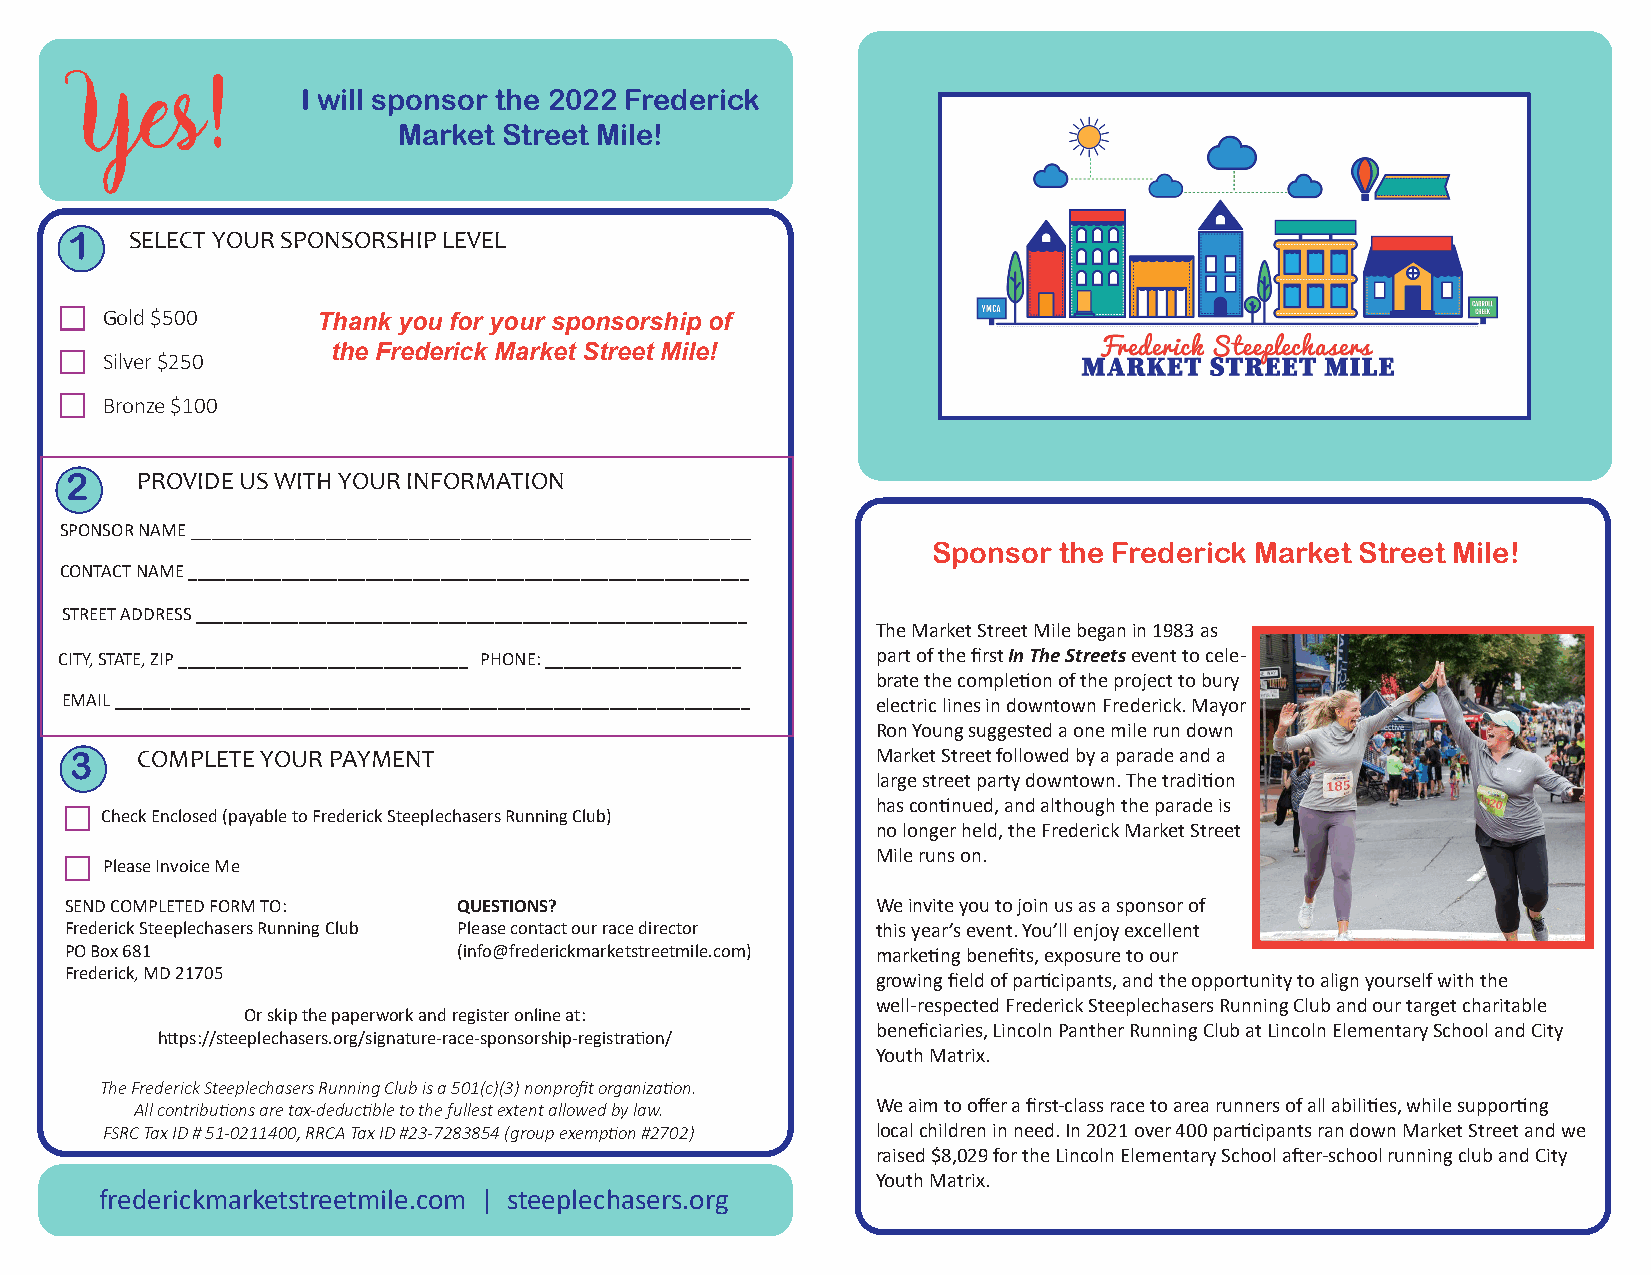
I will sponsor the 2022 Frederick
 Yes!
 Market Street Mile!
 1    SELECT YOUR SPONSORSHIP LEVEL
 Gold $500
 Thank you for your sponsorship of
 the Frederick Market Street Mile!
 Silver $250
 Bronze $100
 2    PROVIDE US WITH YOUR INFORMATION
 SPONSOR NAME ______________________________________________________
 Sponsor the Frederick Market Street Mile!
 CONTACT NAME ____________________________________________________________
 STREET ADDRESS ___________________________________________________________
 The Market Street Mile began in 1983 as
 CITY, STATE, ZIP _______________________________ PHONE: _____________________ part of the first In The Streets event to cele-
 brate the completion of the project to bury
 EMAIL ____________________________________________________________________ electric lines in downtown Frederick. Mayor
 Ron Young suggested a one mile run down
 3   COMPLETE YOUR PAYMENT                            Market Street followed by a parade and a
 large street party downtown. The tradition
 has continued, and although the parade is
 Check Enclosed (payable to Frederick Steeplechasers Running Club)
 no longer held, the Frederick Market Street
 Mile runs on.
 Please Invoice Me
 SEND COMPLETED FORM TO:   QUESTIONS?                  We invite you to join us as a sponsor of
 Frederick Steeplechasers Running Club Please contact our race director this year’s event. You’ll enjoy excellent
 PO Box 681                (info@frederickmarketstreetmile.com) marketing benefits, exposure to our
 Frederick, MD 21705
 growing field of participants, and the opportunity to align yourself with the
 well-respected Frederick Steeplechasers Running Club and our target charitable
 Or skip the paperwork and register online at:
 beneficiaries, Lincoln Panther Running Club at Lincoln Elementary School and City
 https://steeplechasers.org/signature-race-sponsorship-registration/
 Youth Matrix.
 The Frederick Steeplechasers Running Club is a 501(c)(3) nonprofit organization.
 All contributions are tax-deductible to the fullest extent allowed by law. We aim to offer a first-class race to area runners of all abilities, while supporting
 FSRC Tax ID # 51-0211400, RRCA Tax ID #23-7283854 (group exemption #2702) local children in need. In 2021 over 400 participants ran down Market Street and we
 raised $8,029 for the Lincoln Elementary School after-school running club and City
 Youth Matrix.
 frederickmarketstreetmile.com | steeplechasers.org